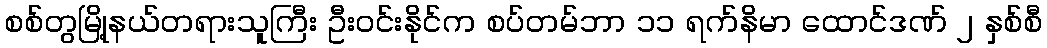
စစ်တွမြို့နယ်တရားသူကြီး ဦးဝင်းနိုင်က စပ်တမ်ဘာ ၁၁ ရက်နိမာ ထောင်ဒဏ် ၂ နှစ်စီ